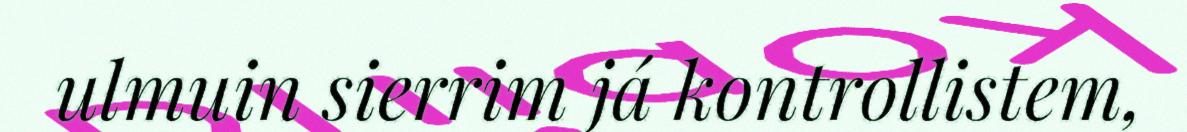
ulmuin sierrim já kontrollistem,